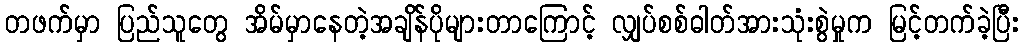
တဖက်မှာ ပြည်သူတွေ အိမ်မှာနေတဲ့အချိန်ပိုများတာကြောင့် လျှပ်စစ်ဓါတ်အားသုံးစွဲမှုက မြင့်တက်ခဲ့ပြီး